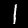
Label: 1